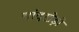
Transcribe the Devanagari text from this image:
चांदखेड़ी